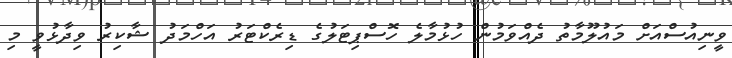
ވީނިއުސްއަަށް މައުލޫމާތު ދެއްވަމުން ހުޅުމާލެ ހޮސްޕިޓަލުގެ ޑިރެކްޓަރު އަހްމަދު ޝާކިރު ވިދާޅުވީ މި